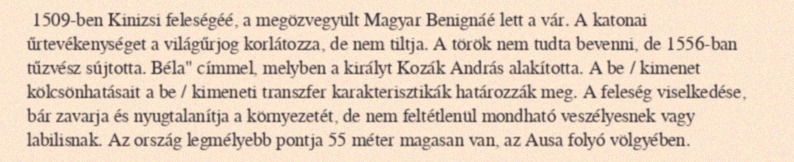
1509-ben Kinizsi feleségéé, a megözvegyült Magyar Benignáé lett a vár. A katonai űrtevékenységet a világűrjog korlátozza, de nem tiltja. A török nem tudta bevenni, de 1556-ban tűzvész sújtotta. Béla" címmel, melyben a királyt Kozák András alakította. A be / kimenet kölcsönhatásait a be / kimeneti transzfer karakterisztikák határozzák meg. A feleség viselkedése, bár zavarja és nyugtalanítja a környezetét, de nem feltétlenül mondható veszélyesnek vagy labilisnak. Az ország legmélyebb pontja 55 méter magasan van, az Ausa folyó völgyében.